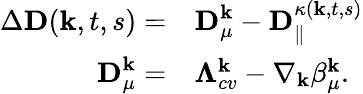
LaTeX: \begin{array}{rl}{\Delta\textbf{D}(\textbf{k},t,s)=}&{\textbf{D}_{\mu}^{\textbf{k}}-\textbf{D}_{\| }^{\kappa(\textbf{k},t,s)}}\\ {\textbf{D}_{\mu}^{\textbf{k}}=}&{\mathbf{\Lambda}_{cv}^{\textbf{k}}-\nabla_{\textbf{k}}\beta_{\mu}^{\textbf{k}}.}\end{array}